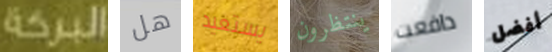
البركة هل يستعيد ينتظرون دافعت أفضل